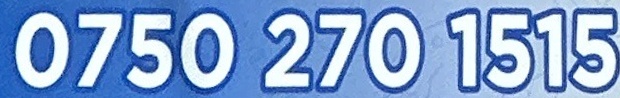
0750 270 1515